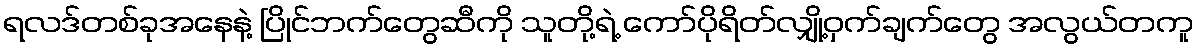
ရလဒ်တစ်ခုအနေနဲ့ ပြိုင်ဘက်တွေဆီကို သူတို့ရဲ့ ကော်ပိုရိတ်လျှို့ဝှက်ချက်တွေ အလွယ်တကူ